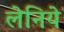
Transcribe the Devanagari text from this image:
लेनिये